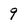
Character: 9